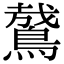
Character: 䳣